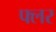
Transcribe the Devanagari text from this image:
फ्लर